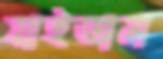
যাইতাম